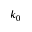
k _ { 0 }